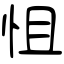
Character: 怚